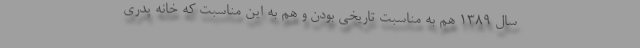
سال 1389 هم به مناسبت تاریخی بودن و هم به این مناسبت که خانه پدری